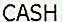
CASH